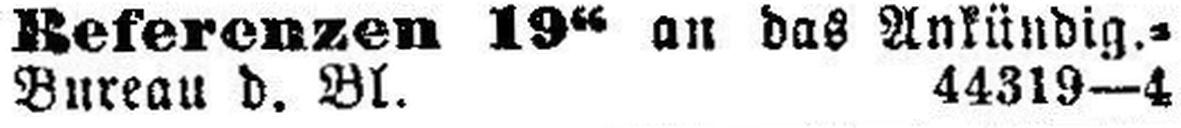
Bureau d. Bl. 44319—4